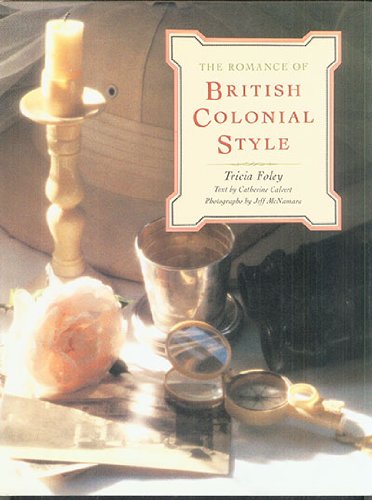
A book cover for The Romance of British Colonial Style; Tricia Foley; Arts & Photography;